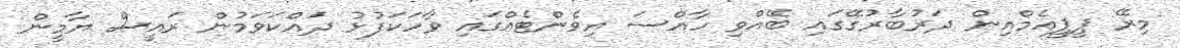
މިރޭ ޕީޕީއެމްއިން ދަރުބާރުގޭގައި ބޭއްވި ހާއްސަ އިވެންޓެއްގައި ވާހަކަފުޅު ދައްކަވަމުން ރައީސް ޔާމީން